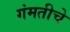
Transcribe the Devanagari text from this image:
गंमतीचे